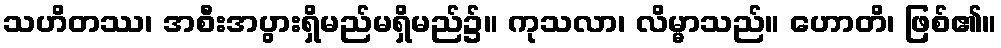
သဟိတဿ၊ အစီးအပွားရှိမည်မရှိမည်၌။ ကုသလာ၊ လိမ္မာသည်။ ဟောတိ၊ ဖြစ်၏။